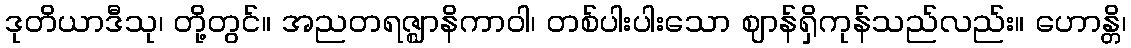
ဒုတိယာဒီသု၊ တို့တွင်။ အညတရဇ္ဈာနိကာဝါ၊ တစ်ပါးပါးသော ဈာန်ရှိကုန်သည်လည်း။ ဟောန္တိ၊